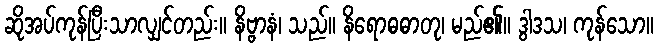
ဆိုအပ်ကုန်ပြီးသာလျှင်တည်း။ နိဗ္ဗာနံ၊ သည်။ နိရောဓဓာတု၊ မည်၏။ ဒွါဒသ၊ ကုန်သော။